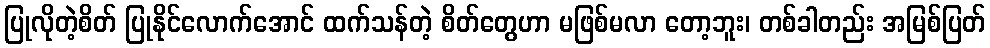
ပြုလိုတဲ့စိတ် ပြုနိုင်လောက်အောင် ထက်သန်တဲ့ စိတ်တွေဟာ မဖြစ်မလာ တော့ဘူး၊ တစ်ခါတည်း အမြစ်ပြတ်